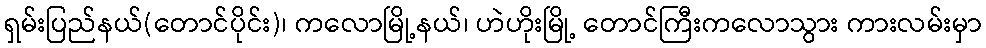
ရှမ်းပြည်နယ်(တောင်ပိုင်း)၊ ကလောမြို့နယ်၊ ဟဲဟိုးမြို့ တောင်ကြီးကလောသွား ကားလမ်းမှာ